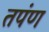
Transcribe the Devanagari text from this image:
तपंण